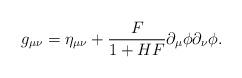
LaTeX: \begin{align*} g_{\mu\nu}=\eta_{\mu\nu}+\frac{F}{1+HF}\partial_\mu\phi\partial_\nu\phi.\end{align*}